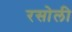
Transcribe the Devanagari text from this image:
रसोली